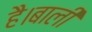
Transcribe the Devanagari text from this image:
है।बाली